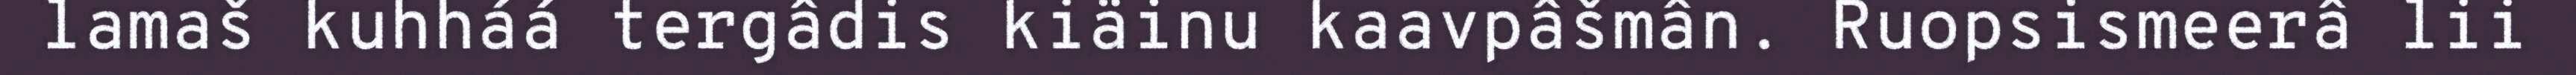
lamaš kuhháá tergâdis kiäinu kaavpâšmân. Ruopsismeerâ lii